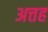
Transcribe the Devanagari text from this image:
अत्तह